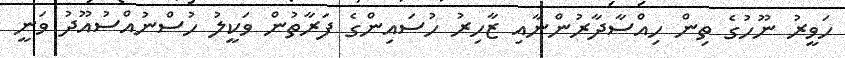
ހަވީރު ނޫހުގެ ތިން ހިއްސާދާރުންނާއި ޒާހިރު ހުސައިންގެ ފަރާތުން ވަކީލު ހުސްނުއްސުއޫދު ވަނީ